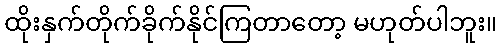
ထိုးနှက်တိုက်ခိုက်နိုင်ကြတာတော့ မဟုတ်ပါဘူး။